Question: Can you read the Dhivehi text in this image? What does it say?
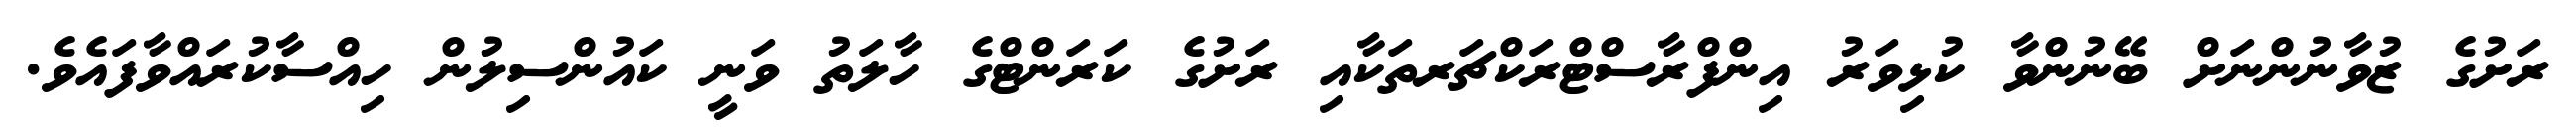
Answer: ރަށުގެ ޒުވާނުންނަށް ބޭނުންވާ ކުޅިވަރު އިންފްރާސްޓްރަކްޗަރތަކާއި ރަށުގެ ކަރަންޓްގެ ހާލަތު ވަނީ ކައުންސިލުން ހިއްސާކުރައްވާފައެވެ.